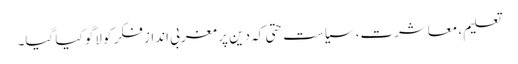
تعلیم، معاشرت، سیاست حتی کہ دین پر مغربی انداز فکر کو لاگو کیا گیا۔